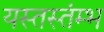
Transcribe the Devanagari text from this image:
यस्तस्तंम्भ